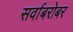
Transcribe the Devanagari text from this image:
सर्वाबरोबर